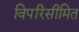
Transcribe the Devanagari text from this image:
विपरिसीमित